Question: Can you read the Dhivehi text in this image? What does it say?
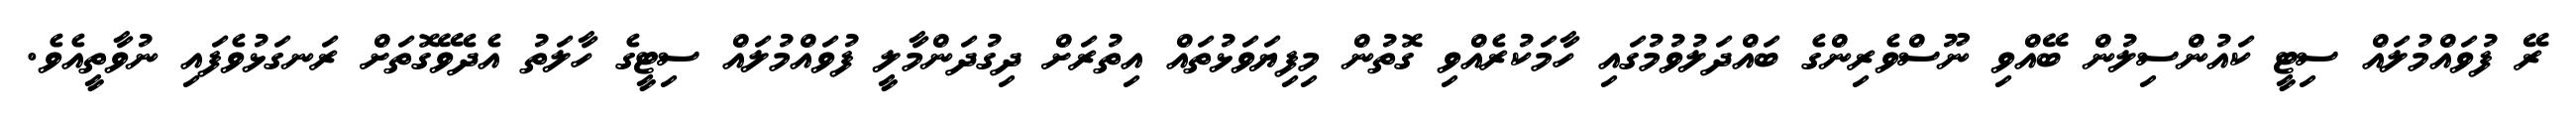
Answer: ރޭ ފުވައްމުލައް ސިޓީ ކައުންސިލުން ބޭއްވި ނޫސްވެރިންގެ ބައްދަލުވުމުގައި ހާމަކުރެއްވި ގޮތުން މިފިޔަވަޅުތައް އިތުރަށް ދިގުދަންމާލީ ފުވައްމުލައް ސިޓީގެ ހާލަތު އެދެވޭގޮތަށް ރަނގަޅުވެފައި ނުވާތީއެވެ.